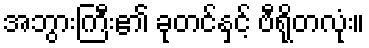
အဘွားကြီး၏ ခုတင်နှင့် ဗီရိုတလုံး။